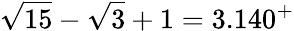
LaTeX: {\sqrt{15}}-{\sqrt{3}}+1=3.140^{+}